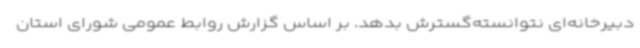
دبیرخانه‌ای نتوانسته‌گسترش بدهد. بر اساس گزارش روابط عمومی شورای استان